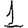
Digit: 1